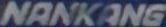
NANKANG